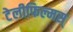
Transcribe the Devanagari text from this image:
टेलीफिल्मस्